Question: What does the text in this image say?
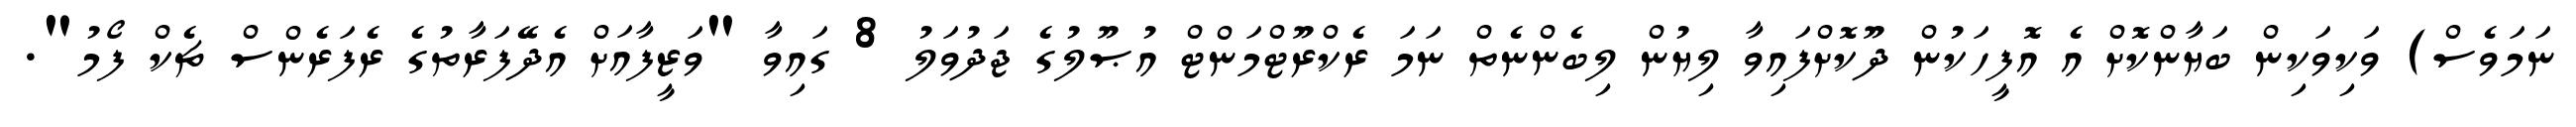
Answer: ނަމަވެސް) ވަކިވަކިން ބަޔާންކޮށް އެ އޮފީހަކުން ދޫކޮށްފައިވާ ލިޔުން ލިބެންނެތް ނަމަ ރެކްރޫޓްމަންޓް އުޞޫލުގެ ޖަދުވަލު 8 ގައިވާ "ވަޒީފާއަށް އެދޭފަރާތުގެ ރެފަރެންސް ޗެކް ފޯމު".